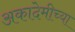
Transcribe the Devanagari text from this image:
अकादेमीच्या